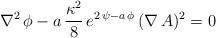
LaTeX: \begin{align*}\nabla^{2}\, \phi-a\, {\kappa^{2} \over 8}\, e^{2\, \psi - a\, \phi}\,(\nabla\,A)^{2}=0 \end{align*}